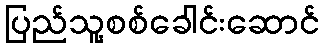
ပြည်သူ့စစ်ခေါင်းဆောင်